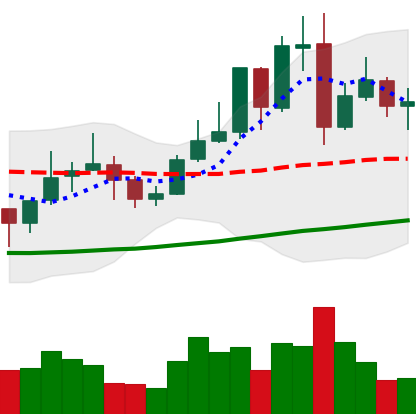
Ticker: LINK-USD
Chart end date: 2021-10-31
Forward return: 9.781%
Label: up_7plus